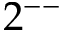
2 ^ { -- }